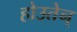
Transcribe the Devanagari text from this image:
होउतेन्